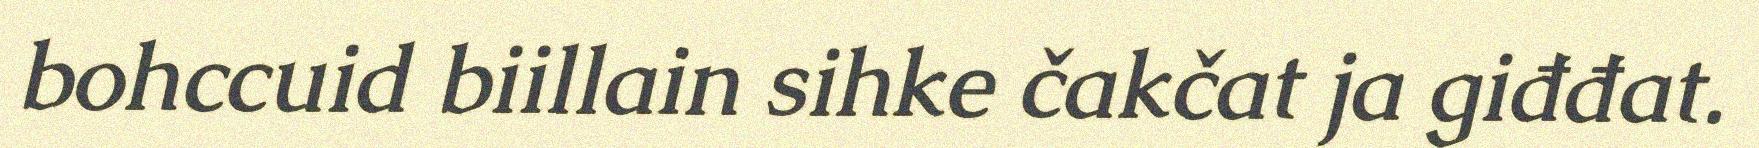
bohccuid biillain sihke čakčat ja giđđat.